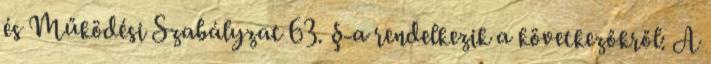
és Működési Szabályzat 63. §-a rendelkezik a következőkről: A